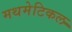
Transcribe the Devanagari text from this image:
मथमेटिकल